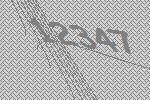
12347